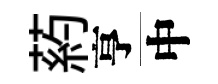
葯亨中